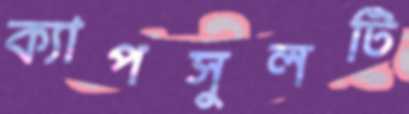
ক্যাপসুলটি